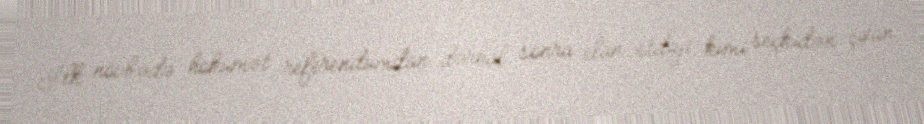
İlk növbədə hökumət referendumdan dərhal sonra elan etdiyi kimi seçkidən çıxan